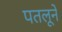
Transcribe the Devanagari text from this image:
पतलूनें